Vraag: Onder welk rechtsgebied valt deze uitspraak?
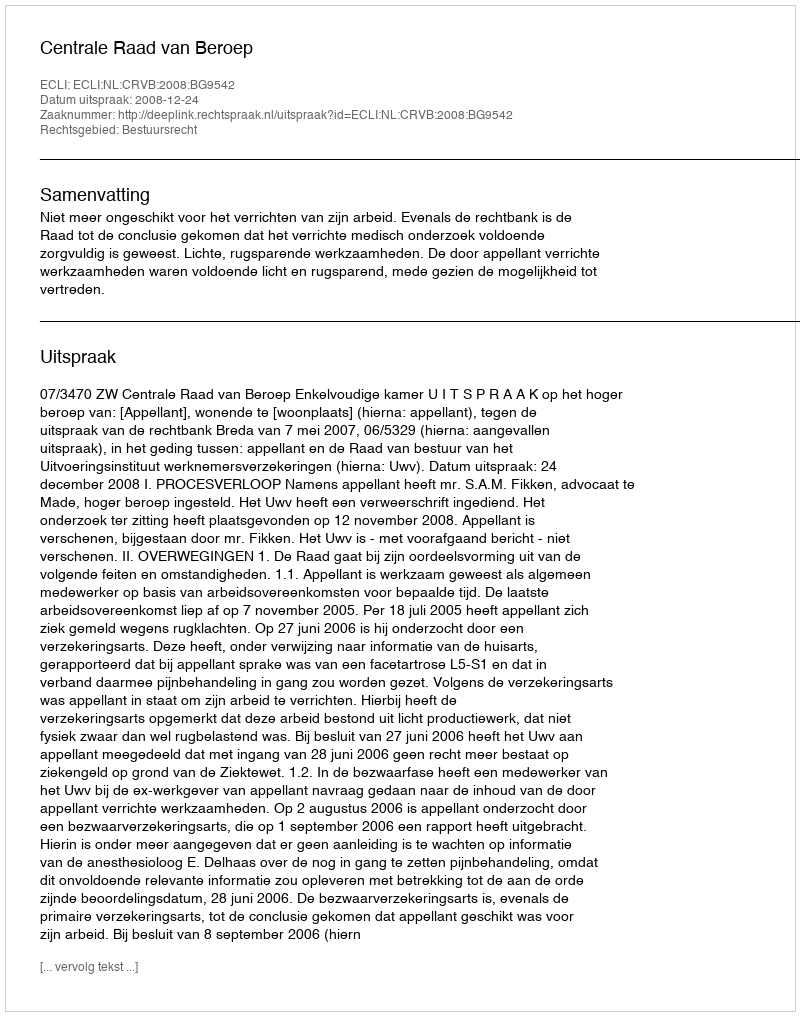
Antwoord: Bestuursrecht